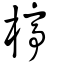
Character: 楟